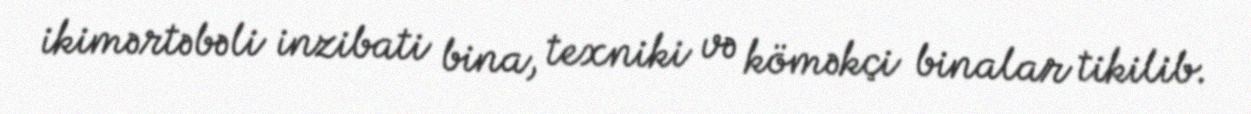
ikimərtəbəli inzibati bina, texniki və köməkçi binalar tikilib.